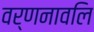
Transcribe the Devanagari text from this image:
वर्णनावलि